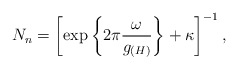
\begin{align*}N_{n}=\left[\exp\left\{2\pi\frac{\omega}{g_{(H)}}\right\}+\kappa\right]^{-1},\end{align*}